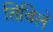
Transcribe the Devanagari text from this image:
तिबिले